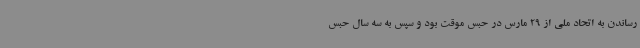
رساندن به اتحاد ملی از 29 مارس در حبس موقت بود و سپس به سه سال حبس